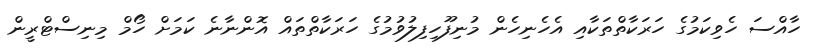
ހާއްސަ ހެވިކަމުގެ ހަރަކާތްތަކާއި އެހެނިހެން މުނިފޫހިފިލުވުމުގެ ހަރަކާތްތައް އޮންނާނެ ކަމަށް ހޯމް މިނިސްޓްރީން